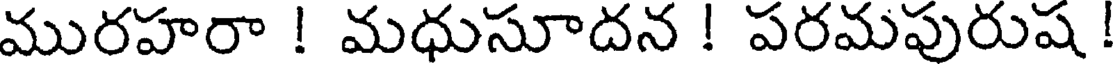
మురహరా ! మధుసూదన ! పరమపురుష !